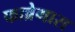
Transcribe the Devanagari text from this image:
फाब्रेगास